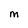
Character: M